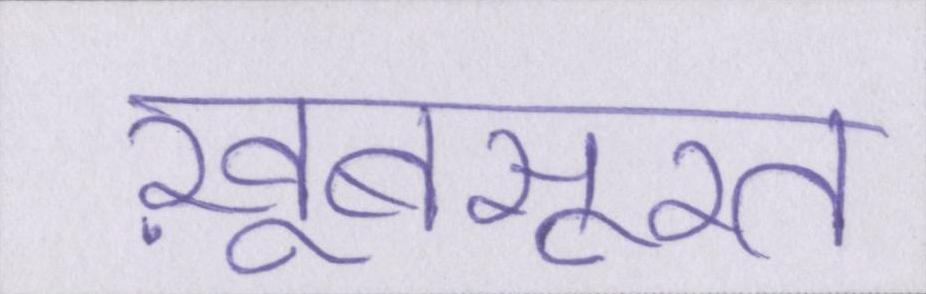
ख़ूबसूरत